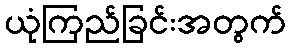
ယုံကြည်ခြင်းအတွက်